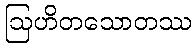
ဩဟိတသောတဿ